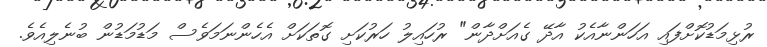
ރުޅިމަޑުކޮށްފައި އަހަންނާއެކު އާދޭ ގެއަށްދާން" ރުހައިލު ހަރުކަށި ގޮތަކަށް އެހެންނަމަވެސް މަޑުމަޑުން ބުނެލިއެވެ.